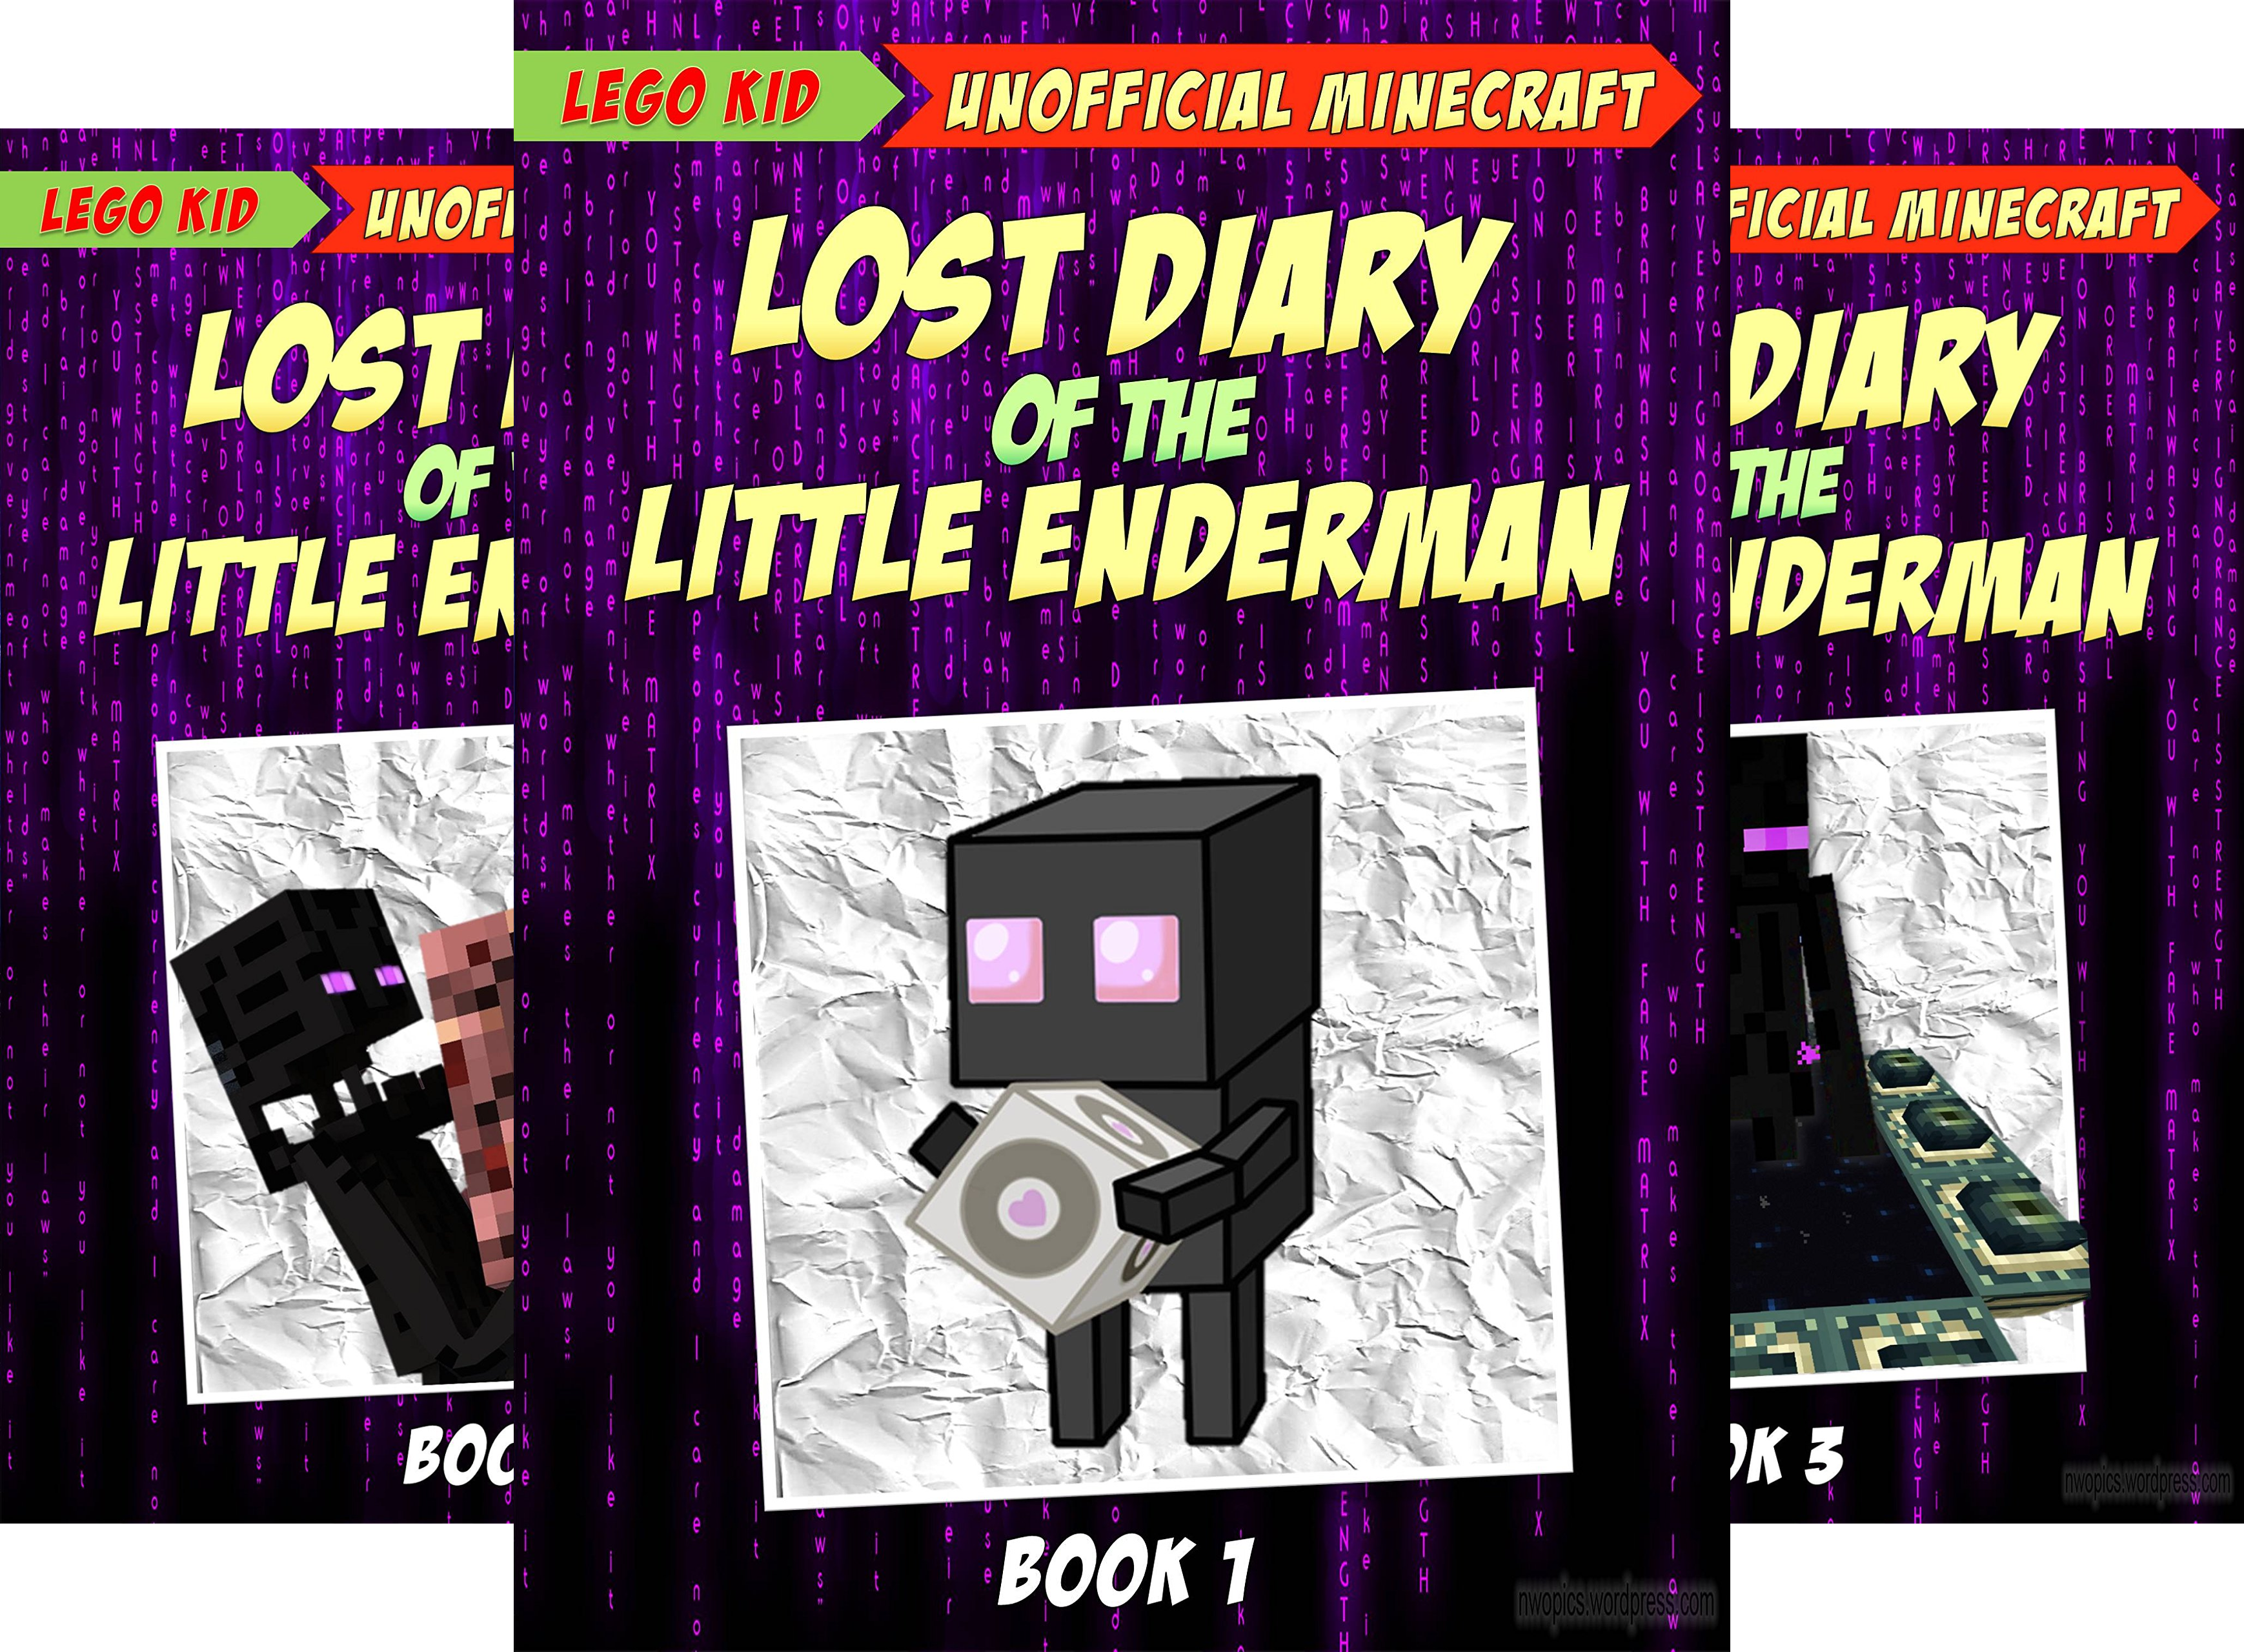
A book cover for Diary Of A Little Enderman (4 Book Series); Lego Kid; Children's Books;